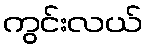
ကွင်းလယ်